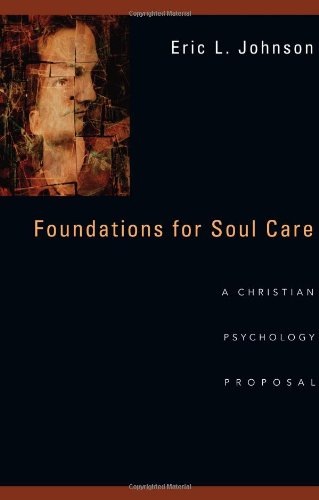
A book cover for Foundations for Soul Care: A Christian Psychology Proposal; Eric L. Johnson; Religion & Spirituality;